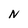
Character: N